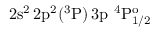
\mathrm { 2 s ^ { 2 } \, 2 p ^ { 2 } ( ^ { 3 } P ) \, 3 p ~ ^ { 4 } P _ { 1 / 2 } ^ { o } }